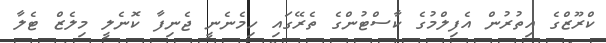
ކްރޫޒްގެ އިތުރުން އެފިލްމުގެ ކާސްޓުންގެ ތެރޭގައި ހިމެނެނީ ޖެނިފާ ކޮނެލީ މިލެޒް ޓެލާ